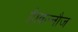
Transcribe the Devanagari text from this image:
है।कन्नौज